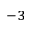
^ { - 3 }